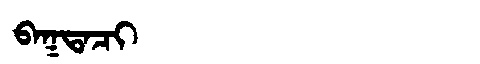
Manchu: ᠪᠠᡴᡨᠠᠴᡳ
Romanization: BAKTACI